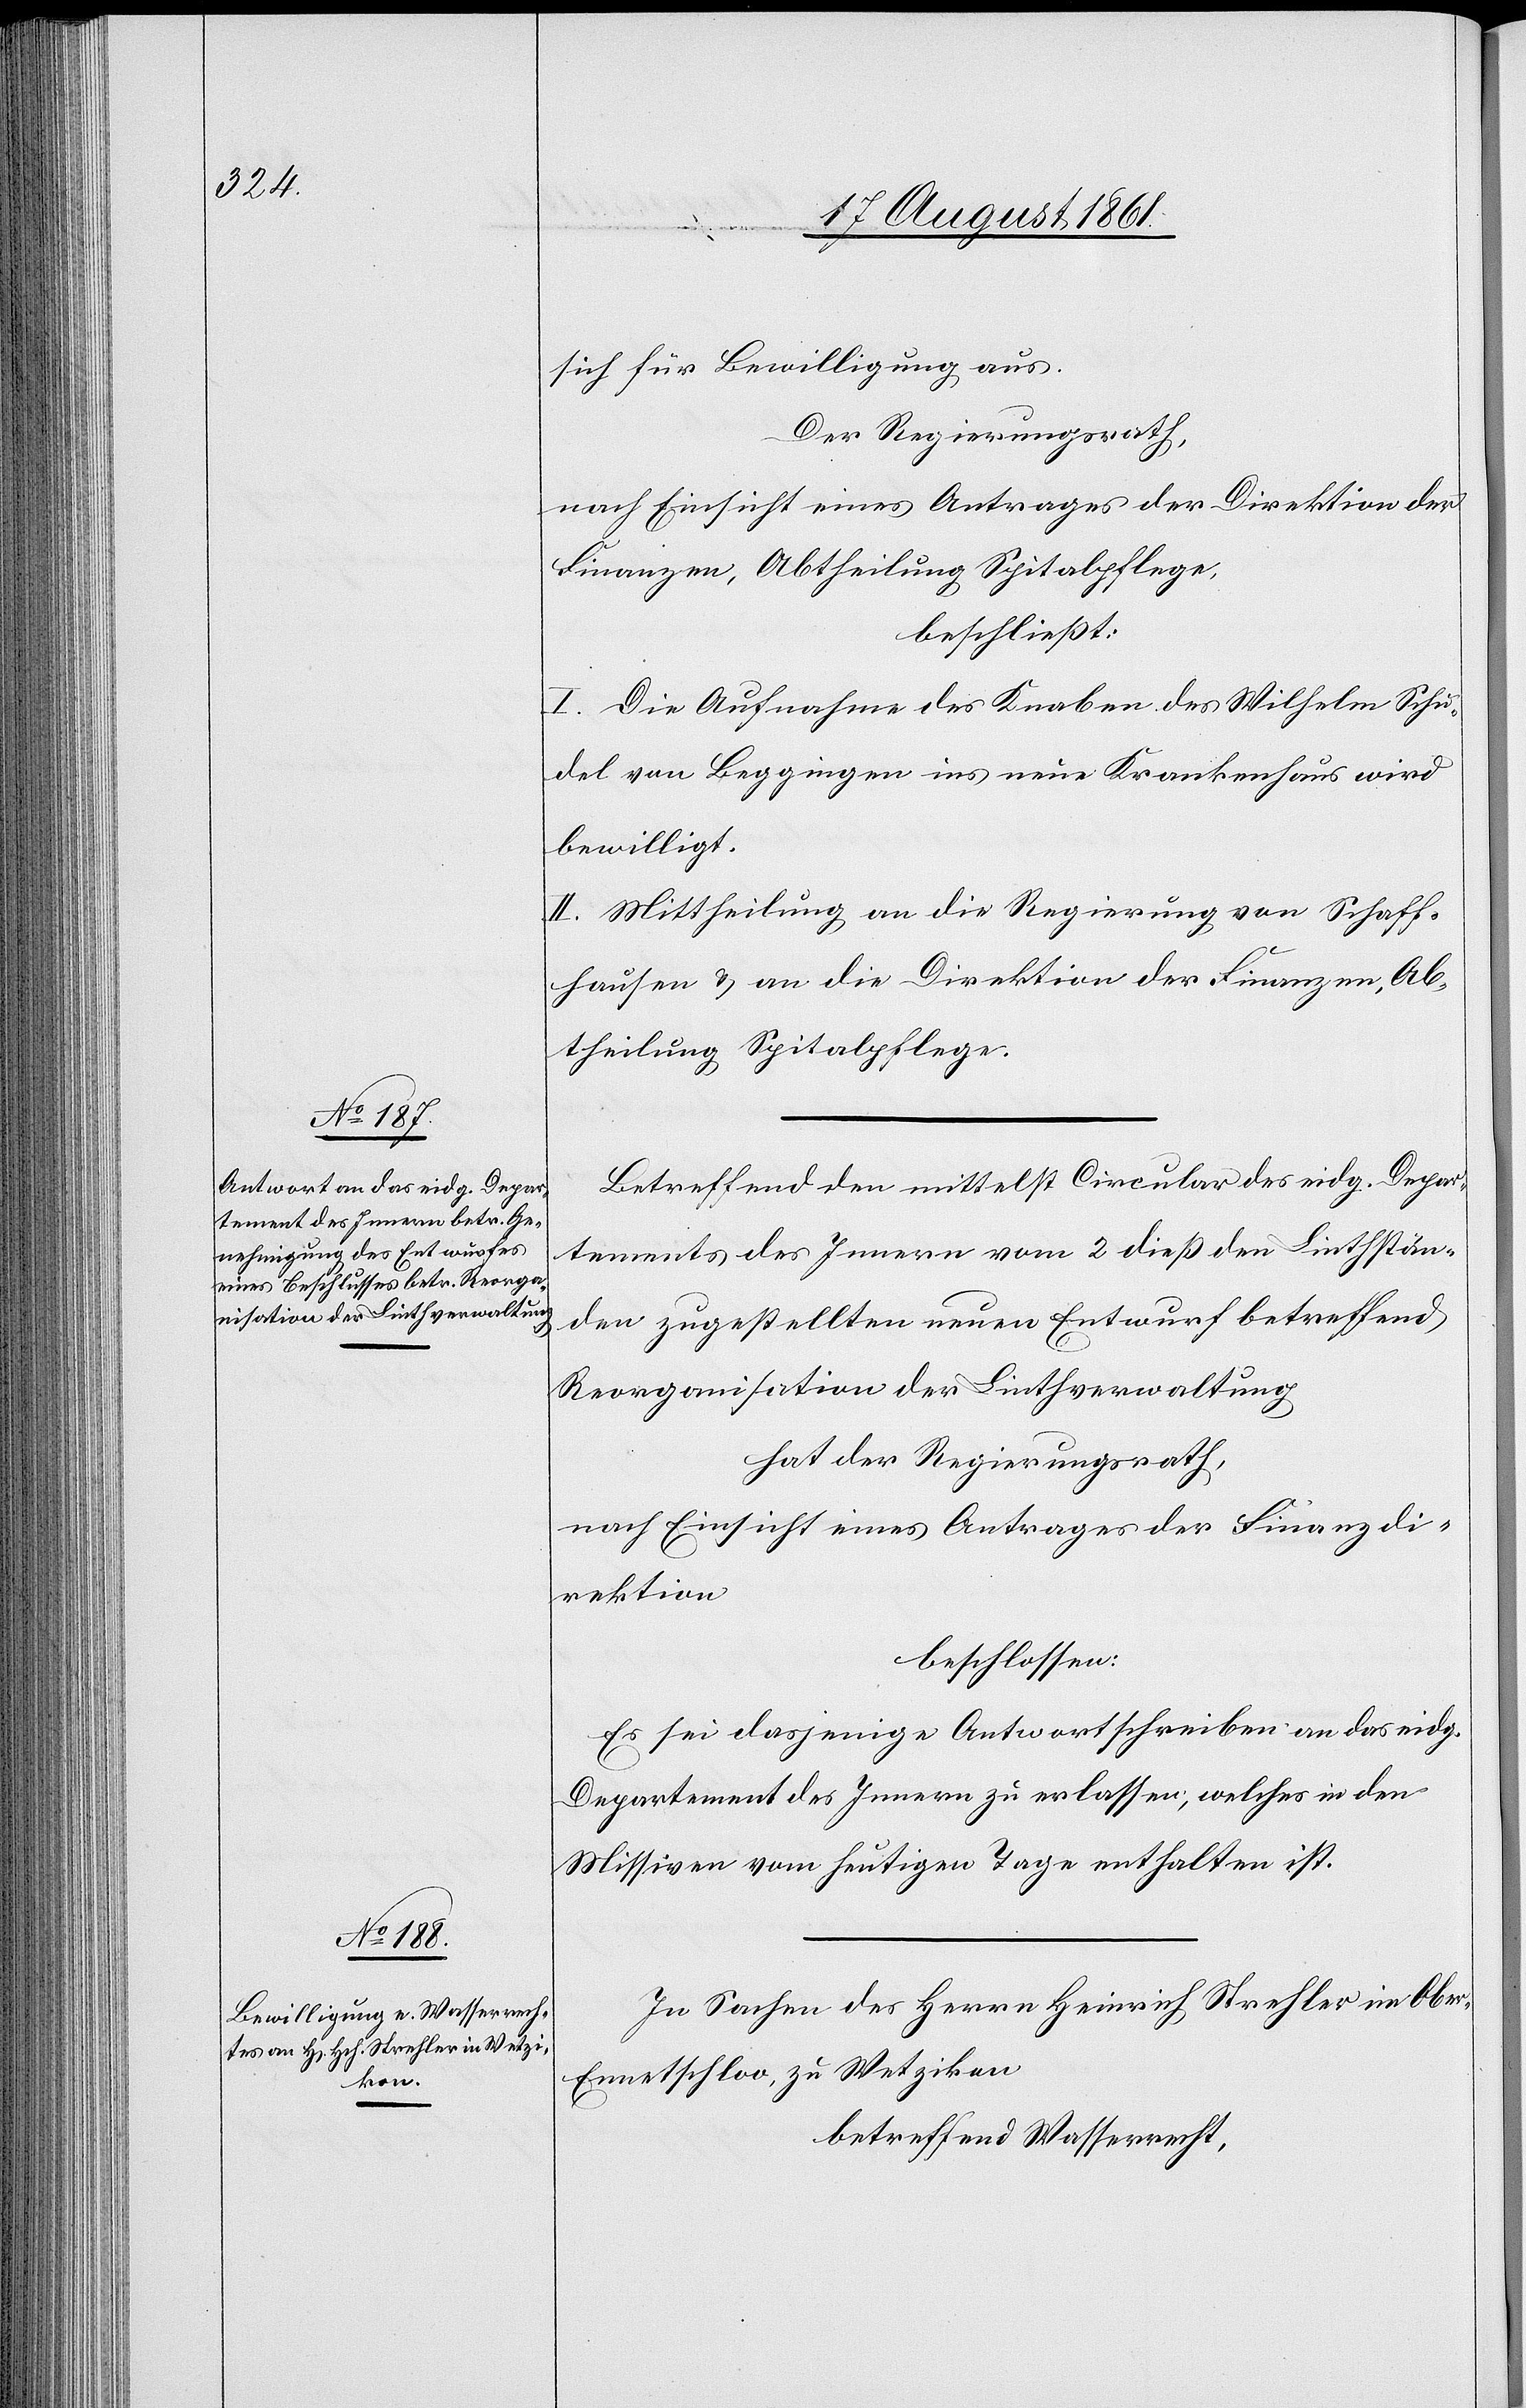
sich für Bewilligung aus.
Der Regierungsrath,
nach Einsicht eines Antrages der Direktion der
Finanzen, Abtheilung Spitalpflege,
beschließt:
I. Die Aufnahme des Knaben des Wilhelm Schu¬
del von Beggingen ins neue Krankenhaus wird
bewilligt.
II. Mittheilung an die Regierung von Schaff¬
hausen u. an die Direktion der Finanzen, Ab¬
theilung Spitalpflege.
Betreffend den mittelst Circular des eidg. Depar¬
tement des Innern vom 2 dieß den Linthstän¬
den zugestellten neuen Entwurf betreffend
Reorganisation der Linthverwaltung
hat der Regierungsrath,
nach Einsicht eines Antrages der Finanzdi¬
rektion,
beschlossen:
Es sei dasjenige Antwortschreiben an das eidg.
Departement des Innern zu erlassen, welches in den
Missiven vom heutigen Tage enthalten ist.
In Sachen des Herrn Heinrich Strehler in Obe¬
r-Ennetschloo, zu Wetzikon
betreffend Wasserrecht,